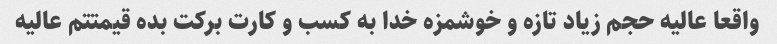
واقعا عالیه حجم زیاد تازه و خوشمزه خدا به کسب و کارت برکت بده قیمتتم عالیه